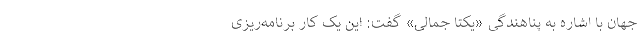
جهان با اشاره به پناهندگی «یکتا جمالی» گفت: این یک کار برنامه‌ریزی